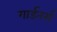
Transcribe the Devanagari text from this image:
गार्डनर्स